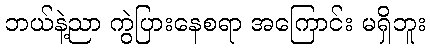
ဘယ်နဲ့ညာ ကွဲပြားနေစရာ အကြောင်း မရှိဘူး